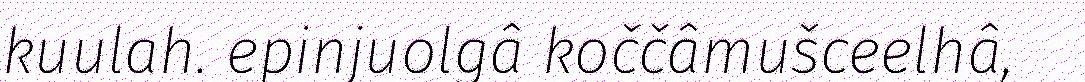
kuulah. epinjuolgâ koččâmušceelhâ,